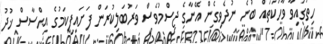
ހިތުގައިވާ ވާހަކަތައް ބުނެ ނުދެވިގެން އޭނާގެ ޖިސްމުވެސް ވަރުބަލިކުރަން ފަށައިފިކަމުގެ އިޙްސާސް ޚުދު